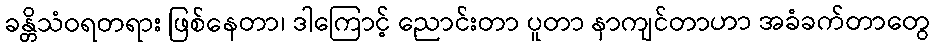
ခန္တိသံဝရတရား ဖြစ်နေတာ၊ ဒါကြောင့် ညောင်းတာ ပူတာ နာကျင်တာဟာ အခံခက်တာတွေ